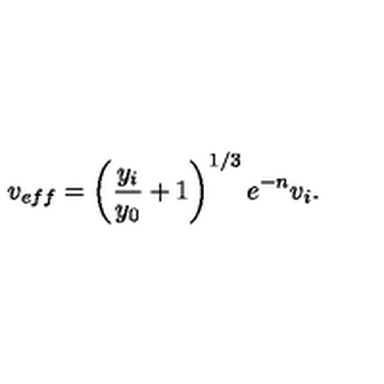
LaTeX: v _ { e f f } = \left( { \frac { y _ { i } } { y _ { 0 } } } + 1 \right) ^ { 1 / 3 } e ^ { - n } v _ { i } .